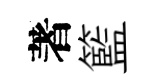
著籃